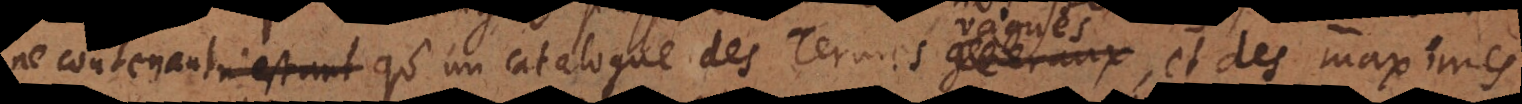
n’estant qu’un catalogue des Termes generaux, et des maximes